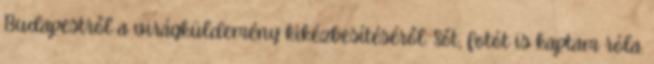
Budapestről a virágküldemény kikézbesítéséről. Sőt, fotót is kaptam róla.